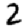
Digit: 2